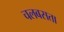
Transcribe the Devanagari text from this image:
चलबसता